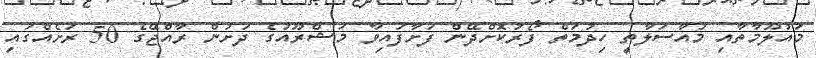
މައުލޫމާތާއި މުއާސަލާތީ ހިދުމަތް ފޯރުކޮށްދޭން ފަށާފައިވާ މަޝްރޫއުގެ ދަށުން ރާއްޖޭގެ 50 ރަށެއްގައި